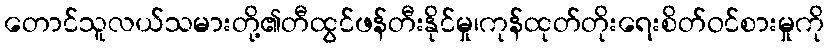
တောင်သူလယ်သမားတို့၏တီထွင်ဖန်တီးနိုင်မှု၊ကုန်ထုတ်တိုးရေးစိတ်ဝင်စားမှုကို